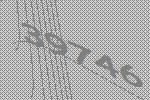
39746